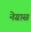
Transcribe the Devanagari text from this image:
नेग्रास